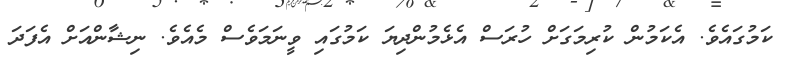
ކަމުގައެވެ. އެކަމުން ކުރިމަގަށް ހުރަސް އެޅެމުންދިޔަ ކަމުގައި ވީނަމަވެސް މެއެވެ. ނިޝާންއަށް އެފަދަ